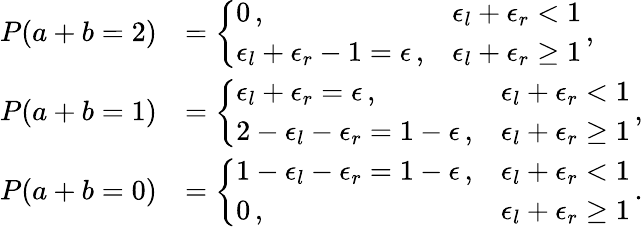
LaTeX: \begin{array}{rl}{P(a+b=2)}&{=\left\{ \begin{array}{ll}{0\, ,}&{\epsilon_{l}+\epsilon_{r}<1}\\ {\epsilon_{l}+\epsilon_{r}-1=\epsilon\, ,}&{\epsilon_{l}+\epsilon_{r}\geq 1}\end{array}\right.\, ,}\\ {P(a+b=1)}&{=\left\{ \begin{array}{ll}{\epsilon_{l}+\epsilon_{r}=\epsilon\, ,}&{\epsilon_{l}+\epsilon_{r}<1}\\ {2-\epsilon_{l}-\epsilon_{r}=1-\epsilon\, ,}&{\epsilon_{l}+\epsilon_{r}\geq 1}\end{array}\right.\, ,}\\ {P(a+b=0)}&{=\left\{ \begin{array}{ll}{1-\epsilon_{l}-\epsilon_{r}=1-\epsilon\, ,}&{\epsilon_{l}+\epsilon_{r}<1}\\ {0\, ,}&{\epsilon_{l}+\epsilon_{r}\geq 1}\end{array}\right.\, .}\end{array}